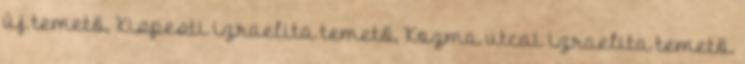
új temető, Kispesti izraelita temető, Kozma utcai izraelita temető.